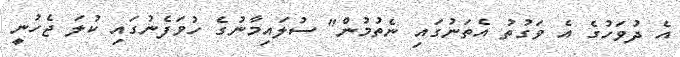
އެ ދުވަހުގެ އެ ވަގުތު އެތަނުގައި ނެތުމުން" ސުލައިމާނުގެ ހުވަފެނުގައި ކުލަ ޖެހުނީ